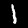
Label: 1